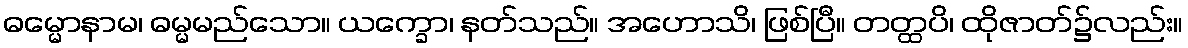
ဓမ္မောနာမ၊ ဓမ္မမည်သော။ ယက္ခော၊ နတ်သည်။ အဟောသိ၊ ဖြစ်ပြီ။ တတ္ထပိ၊ ထိုဇာတ်၌လည်း။